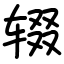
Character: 辍